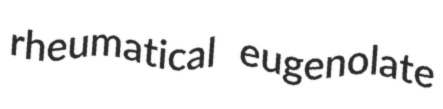
rheumatical eugenolate